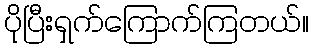
ပိုပြီးရှက်ကြောက်ကြတယ်။